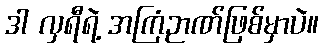
ဒါ လှရီရဲ့ အကြံဉာဏ်ဖြစ်မှာပဲ။